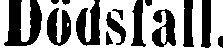
Dödsfall.